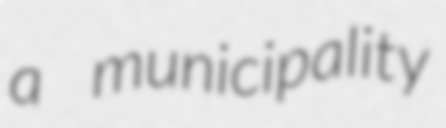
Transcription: a municipality